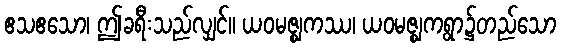
ဧသဧသော၊ ဤခရီးသည်လျှင်။ ယဝမဇ္ဈကဿ၊ ယဝမဇ္ဈကရွာ၌တည်သော